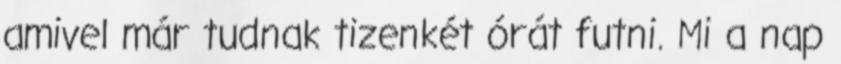
amivel már tudnak tizenkét órát futni. Mi a nap